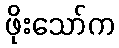
ဖိုးသော်က